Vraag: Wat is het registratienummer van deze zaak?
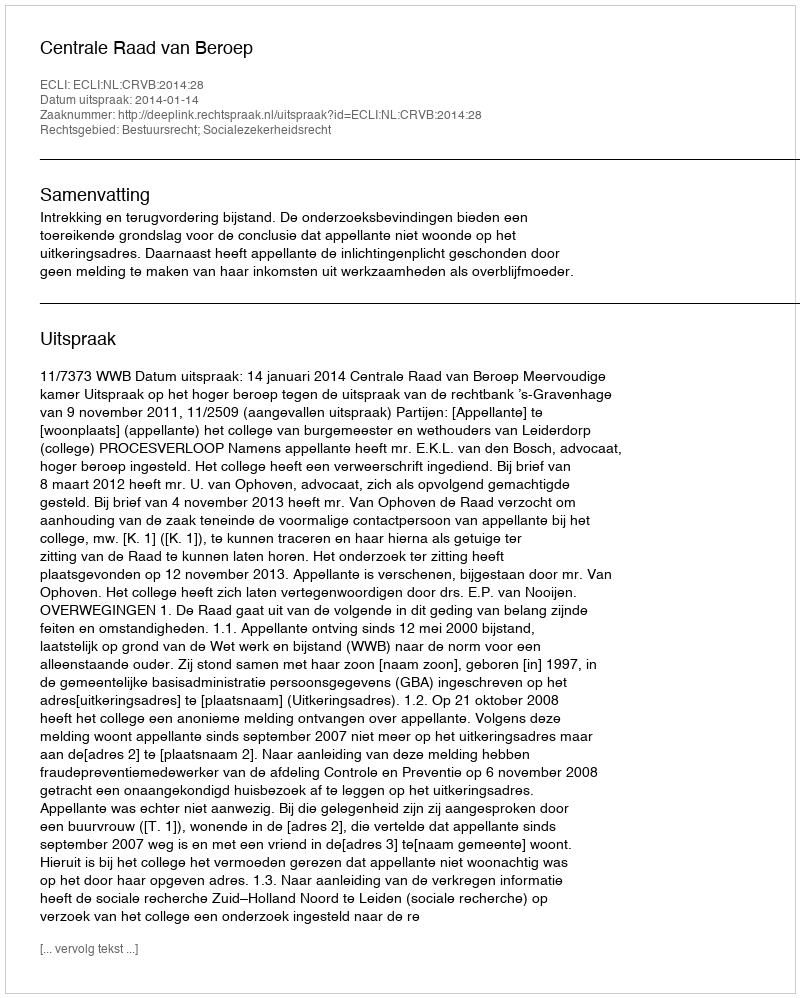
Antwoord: http://deeplink.rechtspraak.nl/uitspraak?id=ECLI:NL:CRVB:2014:28